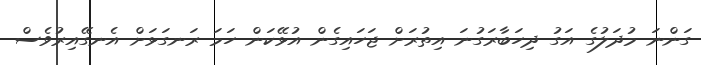
ގަންނަ މުދަލުގެ އަގު ދިހަބާރަގުނަ އިތުރަށް ޖަހައިގެން އުޅޭކަން ހަމަ ރަނގަޅަށް އެނގޭއިރުވެސް